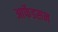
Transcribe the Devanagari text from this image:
आर्फेडसन